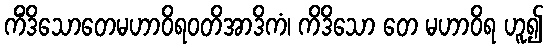
ကိံဒိသောတေမဟာဝိရဝတိအာဒိကံ၊ ကိဒိသော တေ မဟာဝိရ ဟူ၍